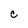
Character: C